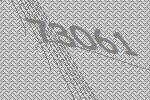
73061